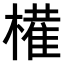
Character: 𫞐